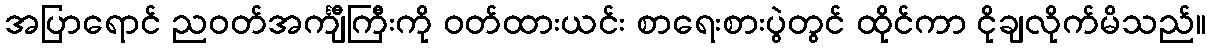
အပြာရောင် ညဝတ်အင်္ကျီကြီးကို ဝတ်ထားယင်း စာရေးစားပွဲတွင် ထိုင်ကာ ငိုချလိုက်မိသည်။